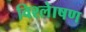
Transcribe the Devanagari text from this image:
विश्लेाषण